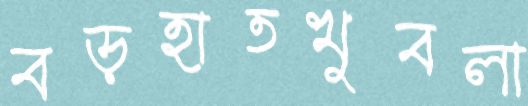
বড়হাতখুবলা